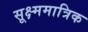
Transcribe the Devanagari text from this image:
सूक्ष्ममात्रिक